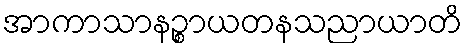
အာကာသာနဉ္စာယတနသညာယာတိ